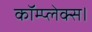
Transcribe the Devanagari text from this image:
कॉम्प्लेक्स।